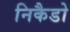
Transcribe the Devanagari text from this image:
निकैडो